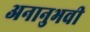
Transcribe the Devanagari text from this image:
अनानुभवी